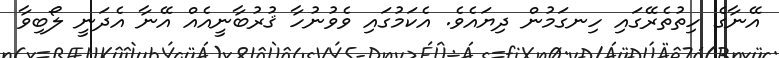
އޭނާގެ ހިތުތެރޭގައި ހިނގަމުން ދިޔައެވެ. އެކަމުގައި ވެވުނުހާ ޤުރުބާނީއެއް އޭނާ އެދަނީ ލޯބިވާ